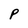
Character: p